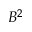
B ^ { 2 }